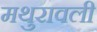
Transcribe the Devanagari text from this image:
मथुरावली